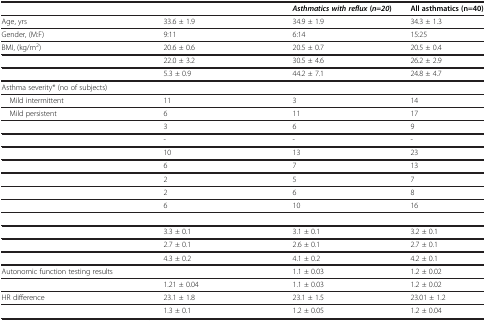
<table><thead><tr><td>[EMPTY_CELL]</td><td>[EMPTY_CELL]</td><td><b><i>Asthmatics with reflux </i>( <i>n </i>= <i>20 </i>)</b></td><td><b>All asthmatics (n=40)</b></td></tr></thead><tbody><tr><td>Age, yrs</td><td>33.6 ± 1.9</td><td>34.9 ± 1.9</td><td>34.3 ± 1.3</td></tr><tr><td>Gender, (M:F)</td><td>9:11</td><td>6:14</td><td>15:25</td></tr><tr><td>BMI, (kg/m<sup>2</sup>)</td><td>20.6 ± 0.6</td><td>20.5 ± 0.7</td><td>20.5 ± 0.4</td></tr><tr><td>[EMPTY_CELL]</td><td>22.0 ± 3.2</td><td>30.5 ± 4.6</td><td>26.2 ± 2.9</td></tr><tr><td>[EMPTY_CELL]</td><td>5.3 ± 0.9</td><td>44.2 ± 7.1</td><td>24.8 ± 4.7</td></tr><tr><td>Asthma severity* (no of subjects)</td><td>[EMPTY_CELL]</td><td>[EMPTY_CELL]</td><td>[EMPTY_CELL]</td></tr><tr><td> Mild intermittent</td><td>11</td><td>3</td><td>14</td></tr><tr><td> Mild persistent</td><td>6</td><td>11</td><td>17</td></tr><tr><td>[EMPTY_CELL]</td><td>3</td><td>6</td><td>9</td></tr><tr><td>[EMPTY_CELL]</td><td>-</td><td>-</td><td>-</td></tr><tr><td>[EMPTY_CELL]</td><td>10</td><td>13</td><td>23</td></tr><tr><td>[EMPTY_CELL]</td><td>6</td><td>7</td><td>13</td></tr><tr><td>[EMPTY_CELL]</td><td>2</td><td>5</td><td>7</td></tr><tr><td>[EMPTY_CELL]</td><td>2</td><td>6</td><td>8</td></tr><tr><td>[EMPTY_CELL]</td><td>6</td><td>10</td><td>16</td></tr><tr><td>[EMPTY_CELL]</td><td>[EMPTY_CELL]</td><td>[EMPTY_CELL]</td><td>[EMPTY_CELL]</td></tr><tr><td>[EMPTY_CELL]</td><td>3.3 ± 0.1</td><td>3.1 ± 0.1</td><td>3.2 ± 0.1</td></tr><tr><td>[EMPTY_CELL]</td><td>2.7 ± 0.1</td><td>2.6 ± 0.1</td><td>2.7 ± 0.1</td></tr><tr><td>[EMPTY_CELL]</td><td>4.3 ± 0.2</td><td>4.1 ± 0.2</td><td>4.2 ± 0.1</td></tr><tr><td>Autonomic function testing results</td><td>[EMPTY_CELL]</td><td>1.1 ± 0.03</td><td>1.2 ± 0.02</td></tr><tr><td>[EMPTY_CELL]</td><td>1.21 ± 0.04</td><td>1.1 ± 0.03</td><td>1.2 ± 0.02</td></tr><tr><td>HR difference</td><td>23.1 ± 1.8</td><td>23.1 ± 1.5</td><td>23.01 ± 1.2</td></tr><tr><td>[EMPTY_CELL]</td><td>1.3 ± 0.1</td><td>1.2 ± 0.05</td><td>1.2 ± 0.04</td></tr></tbody></table>